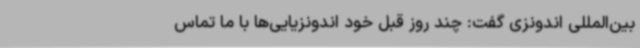
بین‌المللی اندونزی گفت: چند روز قبل خود اندونزیایی‌ها با ما تماس